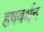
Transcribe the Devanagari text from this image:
हषवर्धन